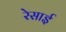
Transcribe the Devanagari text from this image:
रेसाई